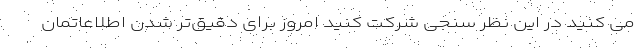
می کنید در این نظر سنجی شرکت کنید امروز برای دقیق‌تر شدن اطلاعاتمان